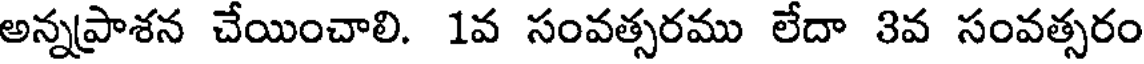
అన్నప్రాశన చేయించాలి. 1వ సంవత్సరము లేదా 3వ సంవత్సరం